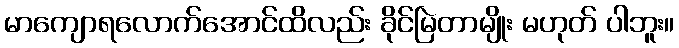
မာကျောရလောက်အောင်ထိလည်း ခိုင်မြဲတာမျိုး မဟုတ် ပါဘူး။